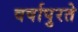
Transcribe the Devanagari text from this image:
वर्षापुरते